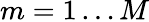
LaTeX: m=1\dots M